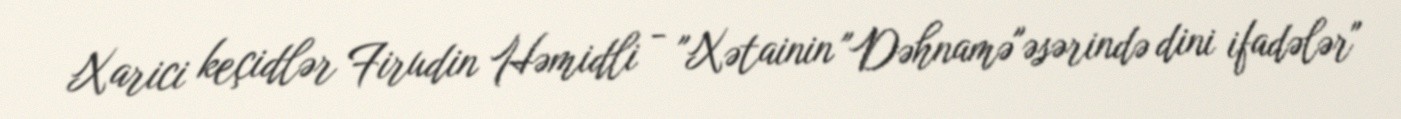
Xarici keçidlər Firudin Həmidli - "Xətainin "Dəhnamə"əsərində dini ifadələr"